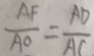
\frac { A F } { A O } = \frac { A D } { A C }